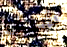
شيفا